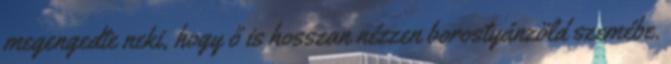
megengedte neki, hogy ő is hosszan nézzen borostyánzöld szemébe.